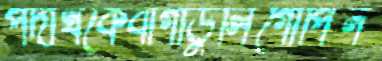
পদার্থকেবাগাডুলিগোপিন